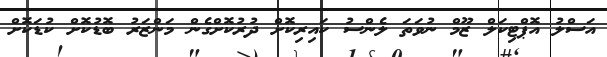
އަސްލު އޮޕްޓިކަލް ޒޫމް ނުވަތަ ލެންސު ކައިރިކޮށް ދުރުކޮށްގެން މަންޒަރު ބޮޑުކޮށް ކުޑަކޮށް